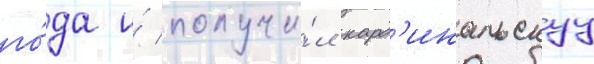
го́да и́ получи́л кард'инальскуу